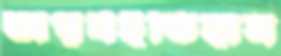
অপূর্বইতিহাস